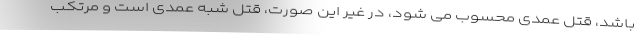
باشد، قتل عمدی محسوب می شود، در غیر این صورت، قتل شبه عمدی است و مرتکب